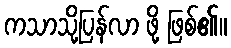
ကသာသို့ပြန်လာ ဖို့ ဖြစ်၏။